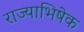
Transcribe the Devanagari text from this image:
राज्‍याभिषेक